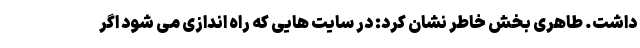
داشت. طاهری بخش خاطر نشان کرد: در سایت هایی که راه اندازی می شود اگر